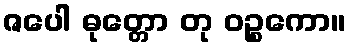
ဇပေါ ဓုတ္တော တု ဝဉ္စကော။